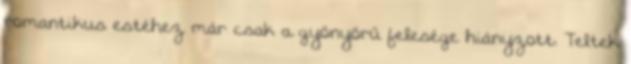
romantikus estéhez már csak a gyönyörű felesége hiányzott. Teltek